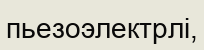
пьезоэлектрлі,